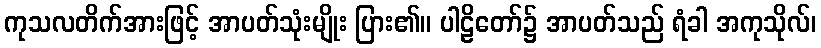
ကုသလတိက်အားဖြင့် အာပတ်သုံးမျိုး ပြား၏။ ပါဠိတော်၌ အာပတ်သည် ရံခါ အကုသိုလ်၊